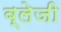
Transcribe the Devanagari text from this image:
ब्लेजी